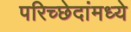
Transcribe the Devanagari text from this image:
परिच्छेदांमध्ये